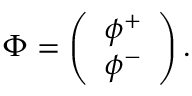
\nonumber \Phi = \left( \begin{array} { c } { { \phi ^ { + } } } \\ { { \phi ^ { - } } } \end{array} \right) .